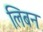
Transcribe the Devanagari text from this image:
लिबन